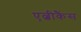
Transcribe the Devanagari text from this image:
एल्बीकैंस